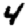
Digit: 4